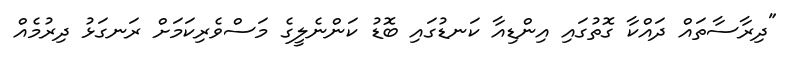
"ދިރާސާތައް ދައްކާ ގޮތުގައި އިންޑިއާ ކަނޑުގައި ބޮޑު ކަންނެލީގެ މަސްވެރިކަމަށް ރަނގަޅު ދިރުމެއް